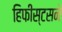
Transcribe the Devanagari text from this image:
हिफीस्टसने